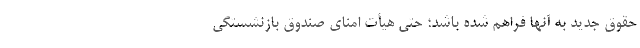
حقوق جدید به آنها فراهم شده باشد؛ حتی هیأت امنای صندوق بازنشستگی